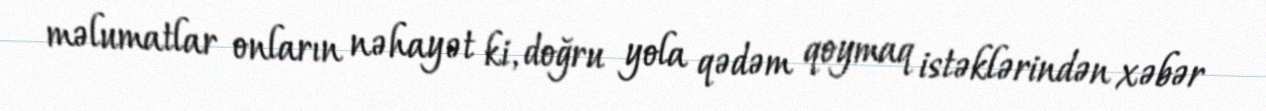
məlumatlar onların nəhayət ki, doğru yola qədəm qoymaq istəklərindən xəbər